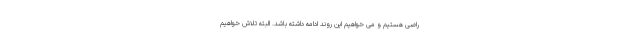
راضی هستیم و می خواهیم این روند ادامه داشته باشد. البته تلاش خواهیم